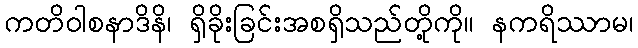
ကတိဝါစနာဒိနိ၊ ရှိခိုးခြင်းအစရှိသည်တို့ကို။ နကရိဿာမ၊